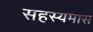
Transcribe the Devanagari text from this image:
सहस्यमास